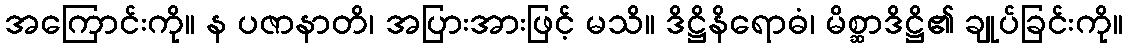
အကြောင်းကို။ န ပဇာနာတိ၊ အပြားအားဖြင့် မသိ။ ဒိဋ္ဌိနိရောဓံ၊ မိစ္ဆာဒိဋ္ဌိ၏ ချုပ်ခြင်းကို။